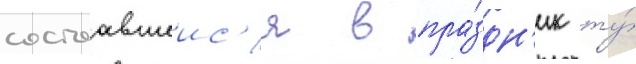
состоавшеис'я в пра́здн'ик ту́